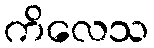
ကိလေသ